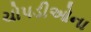
ચોપડીઓના